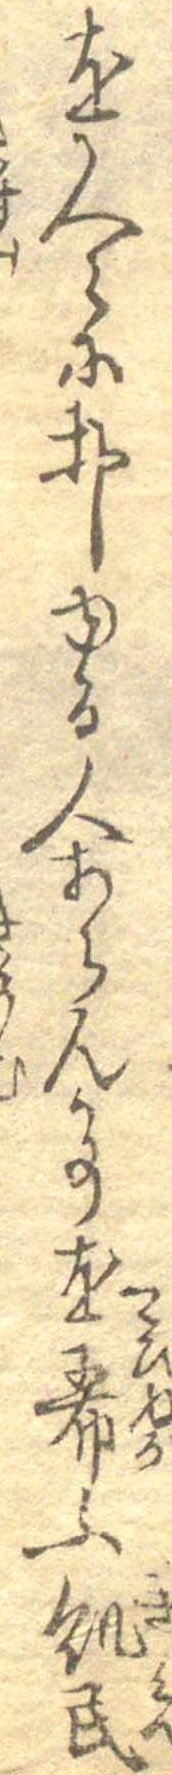
を人々におしゆる人あらん事を希ふ飢民